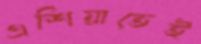
এশিয়াতেই